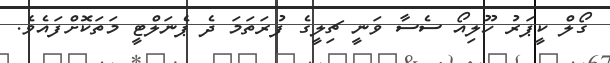
ގޯލް ކީޕަރު ހޫލިއޯ ސެސާ ވަނީ ޗިލީގެ ފުރަތަމަ ދެ ޕެނަލްޓީ މަތަކޮށްފައެވެ.